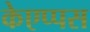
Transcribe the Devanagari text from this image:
केएप्पस